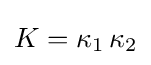
K=\kappa _{1}\,\kappa _{2}